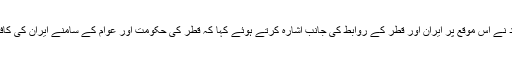
قطر کی پارلیمنٹ کے اسپیکر حمد بن عبدالله بن زاید آل محمود نے اس موقع پر ایران اور قطر کے روابط کی جانب اشارہ کرتے ہوئے کہا کہ قطر کی حکومت اور عوام کے سامنے ایران کی کافی اہمیت ہے اور ہم ایران کو احترام کی نگاہ سے دیکھتے ہیں۔